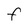
Character: F